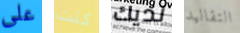
على كنت لديك التقاليد